Report on lock hospitals in British Burma
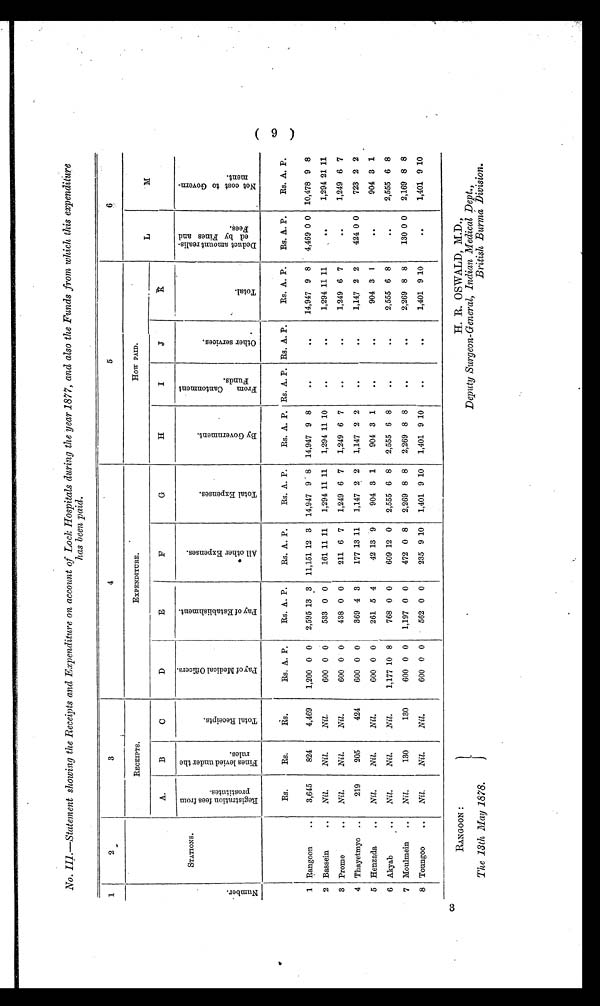
H. R. OSWALD, M.D.,
Deputy Surgeon-General, Indian Medical Dept.,
British Burma Division.
RANGOON :
The 13th May 1878.
No. III.—Statement showing the Receipts and Expenditure on account of Lock Hospitals during the year 1877, and also the Funds from which this expenditure
has been paid.
1
2
3
4
5
6
N u m b e r.
STATIONS.
RECEIPTS.
EXPENDITURE.
How PAID.
L
M
A.
B
C
D
E
F
G
H
I
J
D e d u c t a m o u n t r e a l i s - e d b y F i n e s a n d F e e s .
N e t c o s t t o G o v e r n - m e n t .
R e g i s t r a t i o n f e e s f r o m P r o s t i t u t e s .
F i n e s l e v i e d u n d e r t h e r u l e s .
T o t a l R e c e i p t s .
P a y o f M e d i c a l O f f i c e r s .
P a y o f E s t a b l i s h m e n t .
A l l o t h e r E x p e n s e s .
T o t a l E x p e n s e s .
B y G o v e r n m e n t .
F r o m C a n t o n m e n t F u n d s .
O t h e r s e r v i c e s .
T o t a l .
1 Bangoon
..
Rs.
Rs.
Rs.
Rs. A. P.
Rs. A. P.
Rs. A. P.
Rs. A. P.
Rs. A. P. Rs. A. P. Rs. A. P.
Rs. A. P.
Rs. A. P.
Rs. A. P.
3,645
824
4,469
1,200 0 0
2,595 13 3 11,151 12 3 14,947 9 8 14,947 9 8
. .
..
14,947 9 8
4,469 0 0 10,478 9 8
2 Bassein
..
Nil.
Nil.
Nil.
600 0 0
533 0 0
161 11 11
1,294 11 11
1,294 11 10
..
..
1,294 11 11
..
1,294 21 11
3 Prome
..
Nil.
Nil.
Nil.
600 0 0
438 0 0
211 6 7
1,249 6 7
1,249 6 7
..
..
1,249 6 7
..
1,249 6 7
4 Thayetmyo ..
219
205
424
600 0 0
369 4 3
177 13 11
1,147 2 2
1,147 2 2
. .
..
1,147 2 2
424 0 0
723 2 2
5 Henzada
..
Nil.
Nil.
Nil.
600 0 0
261 5 4
42 13 9
904 3 1
904 3 1
..
..
904 3 1
..
904 3 1
6 Akyab ..
Nil.
Nil.
Nil.
1,177 10 8
768 0 0
609 12 0
2,555 6 8
2,555 6 8
..
..
2,555 6 8
..
2,555 6 8
7 Moulmein
..
Nil.
130
130
600 0 0
1,197 0 0
472 0 8
2,269 8 8
2,269 8 8
..
..
2,269 8 8
130 0 0
2,169 8 8
8 Toungoo
..
Nil.
Nil.
Nil.
600 0 0
562 0 0
235 9 10
1,401 9 10
1,401 9 10
. .
..
1,401 9 10
..
1,401 9 10
(9)